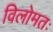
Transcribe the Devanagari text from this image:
विलोमतः